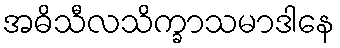
အဓိသီလသိက္ခာသမာဒါနေ